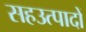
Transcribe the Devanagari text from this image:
सहउत्पादों